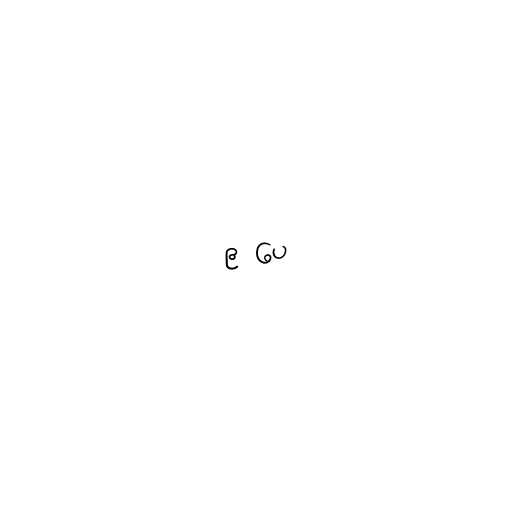
၉ ပေ